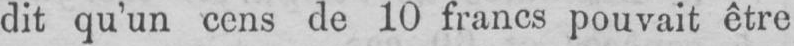
dit qu’un cens de 10 francs pouvait être